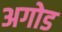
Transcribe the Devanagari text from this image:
अगोड